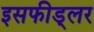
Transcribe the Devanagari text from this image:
इसफीड्लर